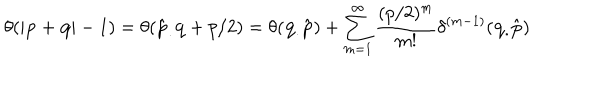
\theta ( | \mathbf { p } + \mathbf { q } | - 1 ) = \theta ( \mathbf { \hat { p } _ { . } q } + p / 2 ) = \theta ( \mathbf { q _ { . } \hat { p } } ) + \sum _ { m = 1 } ^ { \infty } \frac { ( p / 2 ) ^ { m } } { m ! } \delta ^ { ( m - 1 ) } ( \mathbf { q _ { . } \hat { p } } )